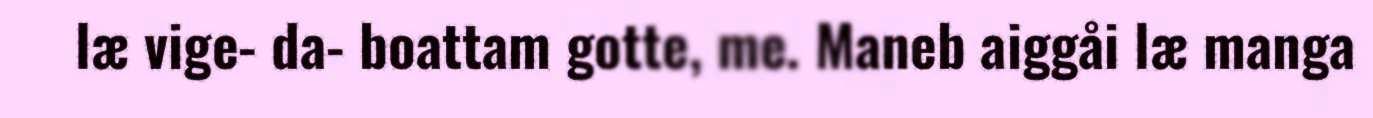
læ vige- da- boattam gotte, me. Maneb aiggåi læ manga